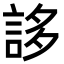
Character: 誃